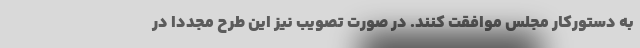
به دستورکار مجلس موافقت کنند. در صورت تصویب نیز این طرح مجددا در